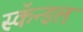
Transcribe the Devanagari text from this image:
स्कॅन्डल